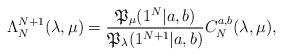
LaTeX: \begin{align*}\Lambda^{N+1}_N(\lambda, \mu) = \frac{\mathfrak{P}_{\mu}(1^N | a, b)}{\mathfrak{P}_{\lambda}(1^{N+1} | a, b)}C^{a, b}_N(\lambda, \mu),\end{align*}